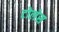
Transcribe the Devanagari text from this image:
टोलेस